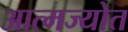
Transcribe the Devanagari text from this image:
आत्मज्योत